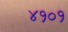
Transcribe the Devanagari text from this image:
४१०१